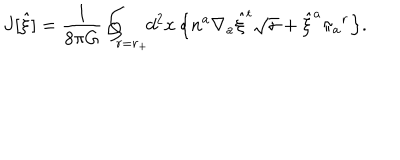
J [ { \hat { \xi } } ] = { \frac { 1 } { 8 \pi G } } \oint _ { r = r _ { + } } \! \! d ^ { 2 } x \, \Bigl \{ n ^ { a } \nabla _ { a } { \hat { \xi } } ^ { t } \sqrt { \sigma } + { \hat { \xi } } ^ { a } \pi _ { a } { } ^ { r } \Bigr \} .